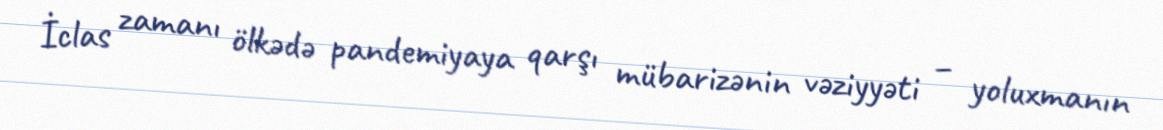
İclas zamanı ölkədə pandemiyaya qarşı mübarizənin vəziyyəti – yoluxmanın